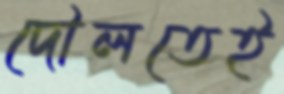
দৌলতেই